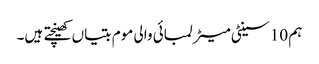
ہم 10 سینٹی میٹر لمبائی والی موم بتیاں کھینچتے ہیں۔